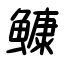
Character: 鱇